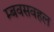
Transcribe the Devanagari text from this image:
म्बवसवहल